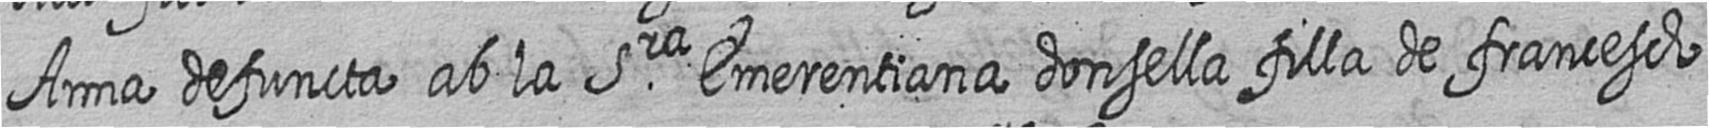
Anna defuncta ab la Sra Emerentiana donsella filla de francesch